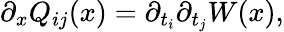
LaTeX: \partial_{x}Q_{ij}(x)=\partial_{t_{i}}\partial_{t_{j}}W(x),